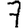
Digit: 7